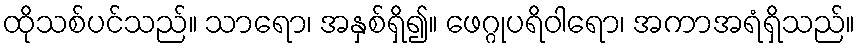
ထိုသစ်ပင်သည်။ သာရော၊ အနှစ်ရှိ၍။ ဖေဂ္ဂုပရိဝါရော၊ အကာအရံရှိသည်။